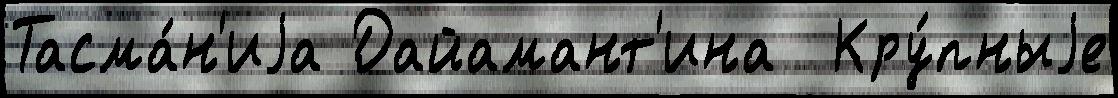
Тасма́н'иjа Дайамант'ина  Кру́пныjе